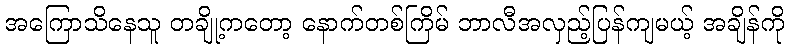
အကြောသိနေသူ တချို့ကတော့ နောက်တစ်ကြိမ် ဘာလီအလှည့်ပြန်ကျမယ့် အချိန်ကို